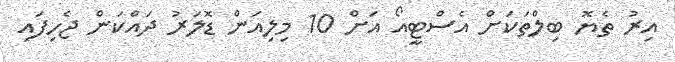
އިރު ތެޔޮ ބިލްތަކަށް އެސްޓީއޯ އަށް 10 މިލިއަން ޑޮލަރު ދައްކަން ޖެހިފައި